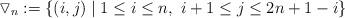
LaTeX: \begin{align*} \triangledown_n:=\{(i,j) \mid 1 \leq i \leq n, \ i+1 \leq j \leq 2n+1-i \}\end{align*}